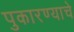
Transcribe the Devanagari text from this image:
पुकारण्याचे